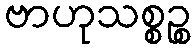
ဗာဟုသစ္စဉ္စ